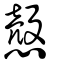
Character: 慤